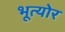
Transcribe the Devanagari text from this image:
भूत्योर